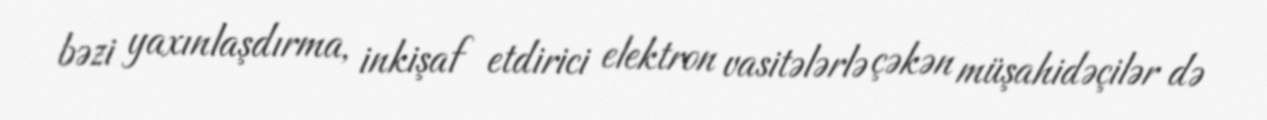
bəzi yaxınlaşdırma, inkişaf etdirici elektron vasitələrlə çəkən müşahidəçilər də